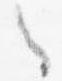
之